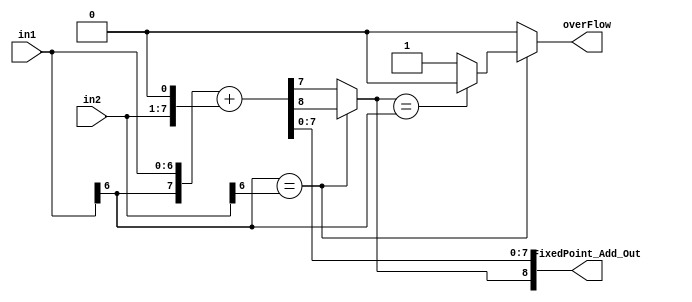
`timescale 1ns / 1ns
//////////////////////////////////////////////////////////////////////////////////
// Company: San Diego State University
// 
// Design Name: 	
// Module Name:    FixedPoint_Adder 
// Project Name: 	 Fixed_Point_Library
// Target Devices: 
// Tool versions: 
// Description: 
//
// Dependencies: 
//
// Revision: 
// Revision 0.01 - File Created
// Additional Comments: 
//
//////////////////////////////////////////////////////////////////////////////////


`define WIO1 (WIO >= 2)? (WIO+frc_len-2) : frc_len

`define Max_len ((int_len+frc_len-2)>= (WIO+frc_len-1)) ? (int_len+frc_len-2) : (WIO+frc_len-1)

`define trun_size (WIO < int_len)? ((int_len+frc_len-1)-(WIO+frc_len-1)) : 1

module FixedPoint_Adder #(parameter WI1 = 3, //INPUT-1 integer length
							WF1 = 4, //INPUT-1 fraction length
							WI2 = 4, //INPUT-2 integer length
							WF2 = 3, //INPUT-2 fraction length
							WIO = (WI1>WI2)? WI1+1:WI2+1, //OUTPUT integer  length
							WFO = (WF1>WF2)? WF1:WF2) //OUTPUT fraction length
								 (input signed [WI1+WF1-1:0] in1,
								  input signed [WI2+WF2-1:0] in2,
								  output reg overFlow,
								  output  reg signed [WIO+WFO-1:0] FixedPoint_Add_Out);

parameter int_len = (WI1>WI2)? WI1:WI2; //width for integer part of sum 
parameter frc_len = (WF1>WF2)? WF1:WF2;// width for fraction part of sum

reg [int_len+frc_len-1:0] reg_in1; //register for INPUT1 = IN1
reg [int_len+frc_len-1:0] reg_in2; //register for INPUT2 = IN2

reg [int_len+frc_len-1:frc_len] int_in1; //register for Integer part of IN1
reg [int_len+frc_len-1:frc_len] int_in2; // register for Integer part of IN2

reg [frc_len-1:0] frc_in1; //register for Fraction part of IN1
reg [frc_len-1:0] frc_in2; //register for Fraction part of IN2

//reg [(`trun_size)-1:0] reg_trun;
//reg [(`trun_size)-1:0] reg_sign;								  

wire [int_len+frc_len:0] tmp; // wired connection of SUM
reg sign_bit;

reg [WIO-1:0] int_out; // Integer register for output SUM
reg [WFO-1:0] frc_out; // Fraction part register for output SUM

//---------------------------------------------------------------------------//
//ADJUSTING NUMBERS TO MAKE EQUAL RADIX POINT PLACE

//--------------------------------------------------------------------------//
//INTEGER adjustment

	always @* begin
		
		if (WI1 < WI2) begin
			int_in1 = {{(WI2-WI1){in1[WI1+WF1-1]}}, in1[WI1+WF1-1:WF1]};
			int_in2 = in2[WI2+WF2-1:WF2];
		end
		else if (WI1 == WI2) begin
		    int_in1 = in1[WI1+WF1-1:WF1];
		    int_in2 = in2[WI2+WF2-1:WF2];
		end
		else begin
			int_in2 = {{(WI1-WI2){in2[WI2+WF2-1]}}, in2[WI2+WF2-1:WF2]};
			int_in1 = in1[WI1+WF1-1:WF1];
		end
	end
//--------------------------------------------------------------------------//
//FRACTION adjustment

	always @* begin
	
		if (WF1 < WF2) begin
			frc_in1 = { in1[WF1-1:0], {(WF2-WF1){1'b0}}};
			frc_in2 = in2[WF2-1:0];
		end
	   else if (WF1 == WF2) begin
	       frc_in1 = in1[WF1-1:0];
	       frc_in2 = in2[WF2-1:0];
	   end
		else begin
			frc_in2 = {in2[WF2-1:0], {(WF1-WF2){1'b0}}};
			frc_in1 = in1[WF1-1:0];
		end
	end

//--------------------------------------------------------------------------//
//new adjusted NUMBERS

	always @* begin
		
		reg_in1 = {int_in1 , frc_in1};
		reg_in2 = {int_in2 , frc_in2};
	
	end
	
//--------------------------------------------------------
// ADDITION of bit adjusted two input
	assign tmp = reg_in1 + reg_in2;
	
//----------------------------------------------------------------------//
//adjust bits for OUTPUT_FRACTION as user define output fraction bitwidth
//padding with zero or truncation from least significant bits

always @* begin
            
		if (WFO > frc_len) begin
			frc_out = {tmp[frc_len-1:0], {(WFO-frc_len){1'b0}}};
		end
		else if (WFO == frc_len) begin
		     frc_out = tmp[frc_len-1:0];
		end
		else begin //(WFO<frc_len)
			frc_out = tmp[frc_len-1:frc_len-WFO];
		end
	
	end
	
//--------------------------------------------------------------------//
// signbit of OutPut

	always @* begin
		
		if ((in1[WI1+WF1-1] == in2[WI2+WF2-1])) begin
				sign_bit = tmp[int_len+frc_len];
		end
		else begin
				sign_bit = tmp[int_len+frc_len-1];
		end
	end

//--------------------------------------------------------------------//
//OUTPUT_INTEGER SignBit Padding , Truncation and Overflow conditions
	
	always @* begin 
		
		if (WIO >= int_len) begin
			if ((in1[WI1+WF1-1] == in2[WI2+WF2-1])) begin
			
				int_out = {{(WIO-int_len){sign_bit}} , tmp[int_len+frc_len-1:frc_len] }; 
				
					if (int_out[WIO-1] == in1[WI1+WF1-1]) begin// overflow checking for corner case
						overFlow = 1'b0;
					end
					else begin
						overFlow = 1'b1;
					end
			end
			
			else begin
				int_out = {{(WIO-int_len){sign_bit}} , tmp[int_len+frc_len-1:frc_len] };
				overFlow = 1'b0;
			end
				
		end
	//-----------------------------------------------------------------------//
//overFlow
// comparison of truncated bit and sign bit to check error in output and
// generate overflow
	
	else	if(WIO < int_len) begin
		
				if ( tmp[`Max_len: WIO+frc_len-1] == ({(`trun_size){tmp[int_len+frc_len-1]}})) begin
						overFlow = 1'b0;
				end
				else begin
						overFlow = 1'b1;
				end
		end
//------------------------------------------------------------------//
		
		else begin // (WIO<int_len)
			
			if (WIO == 1) begin
				int_out = {sign_bit}; //Signbit only for integer part if WIO = 1
			end
			else begin
				int_out = {sign_bit , tmp[`WIO1:frc_len]};
			end
		end
	end



// Final Answer with truncation and adjustment
	always @* begin
			FixedPoint_Add_Out <= {int_out,frc_out};
		end
		
endmodule